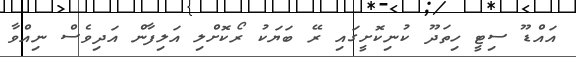
އައްޑޫ ސިޓީ ހިތަދޫ ކުނިކޮށީގައި ރޭ ބަޔަކު ރޯކޮށްލި އަލިފާން އަދިވެސް ނިއްވާ